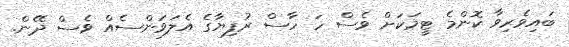
ބައިވެރިވާ ކޮންމެ ޓީމަކަށް ވެސް ހަ ހާސް ރުފިޔާގެ އެލަވަންސެއް ވެސް ދޭން.